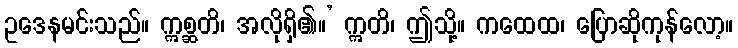
ဥဒေနမင်းသည်။ ဣစ္ဆတိ၊ အလိုရှိ၏။’ ဣတိ၊ ဤသို့။ ကထေထ၊ ပြောဆိုကုန်လော့။